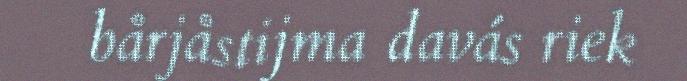
bårjåstijma davás riek